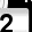
Digit: 2